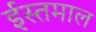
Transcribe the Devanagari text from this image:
ईस्तमाल